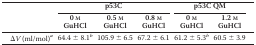
<table><thead><tr><td rowspan="2"></td><td colspan="3"><b>p53C</b></td><td colspan="2"><b>p53C QM</b></td></tr><tr><td><b>0 m GuHCl</b></td><td><b>0.5 m GuHCl</b></td><td><b>0.8 m GuHCl</b></td><td><b>0 m GuHCl</b></td><td><b>1.2 m GuHCl</b></td></tr></thead><tbody><tr><td>Δ<i>V</i> (ml/mol)<i><sup>a</sup></i></td><td>64.4 ± 8.1<i><sup>b</sup></i></td><td>105.9 ± 6.5</td><td>67.2 ± 6.1</td><td>61.2 ± 5.3<i><sup>b</sup></i></td><td>60.5 ± 3.9</td></tr></tbody></table>